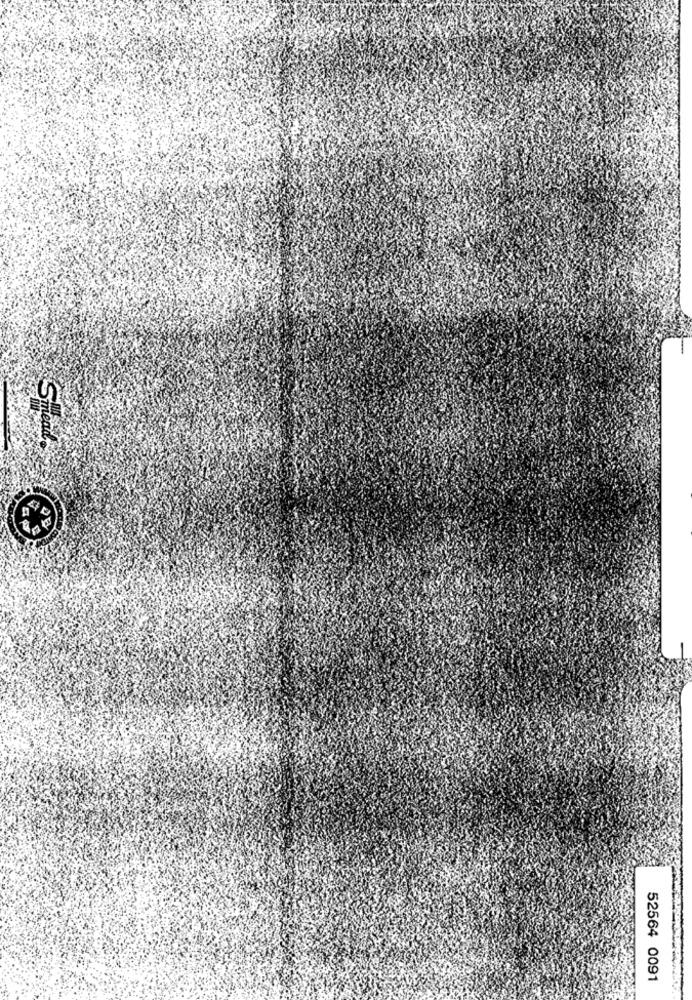
Smead
52564 0091